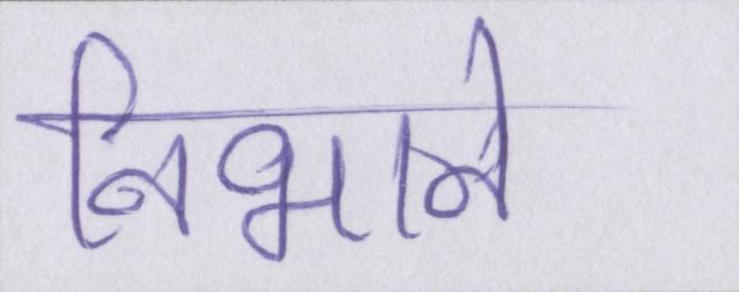
निभाने